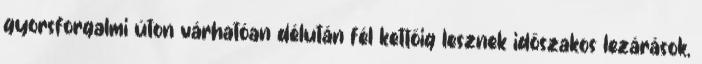
gyorsforgalmi úton várhatóan délután fél kettőig lesznek időszakos lezárások,